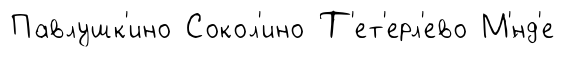
Павлушк'ино Сокол'ино Т'ет'ерл'ево М'́нд'е